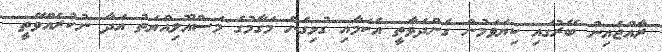
ރާއްޖެއިން ބޭރުގައި ކިޔަވަމުން ގެންދަވާތީ އެކަމާއި ގުޅިގެން މަގާމުގެ މަސްއޫލިއްޔަތު އަދާ ނުކުރެއްވޭތީ